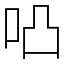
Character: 𠱂